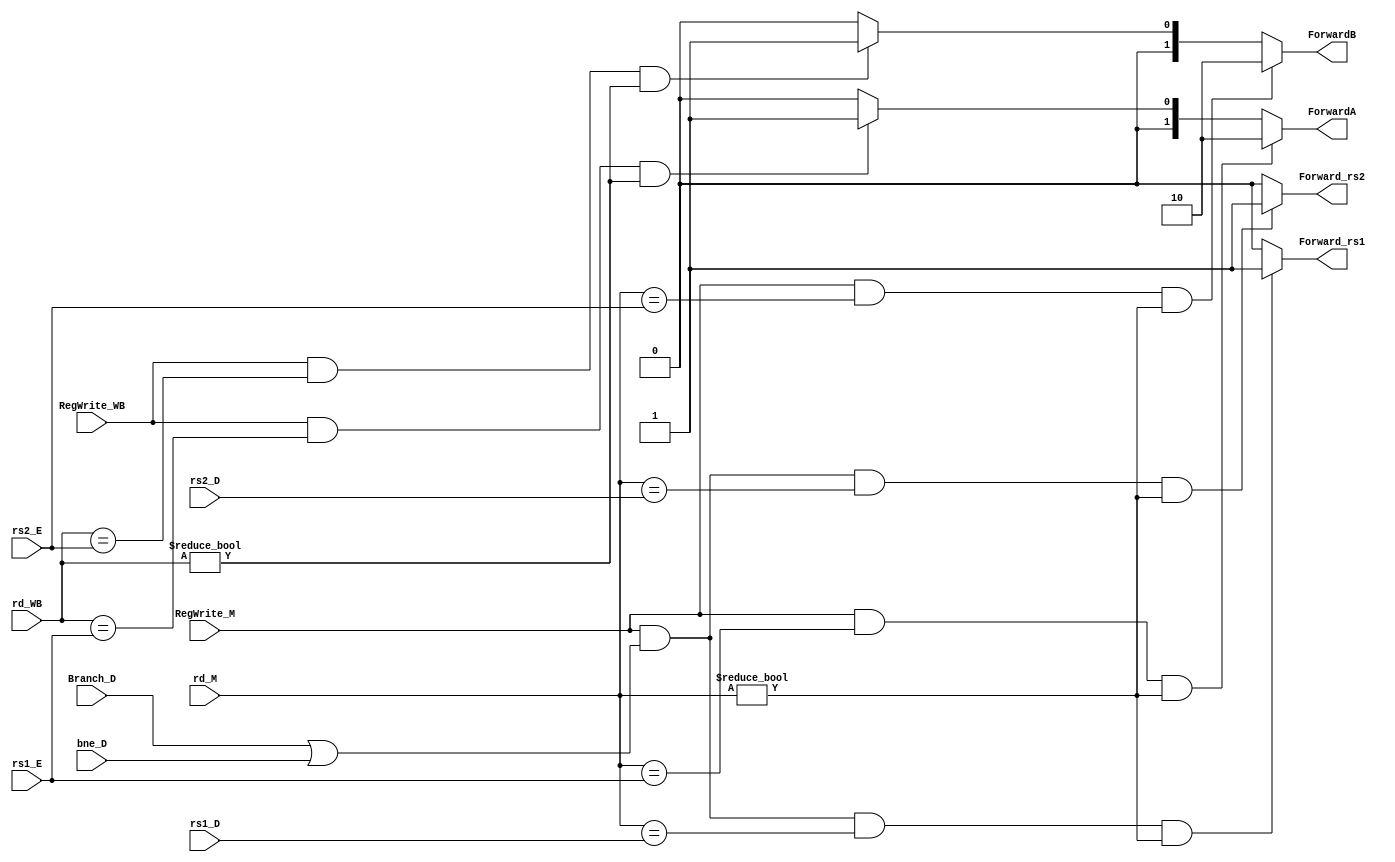
module forwarding_Unit(
    input [4:0] rd_M, rd_WB, rs1_E, rs2_E, rs1_D ,rs2_D,
    input RegWrite_M, RegWrite_WB, Branch_D ,bne_D, // Branch_D ,bne_D --> output of control unit
    output reg [1:0] ForwardA, ForwardB,
	 output reg Forward_rs1, Forward_rs2
);

    
		always @(*) begin
        // Forwarding logic for input 1 of ALU
        if (RegWrite_M && (rd_M == rs1_E) && (rd_M != 5'b00000))
            ForwardA = 2'b10;
        else if (RegWrite_WB && (rd_WB == rs1_E) && (rd_WB != 5'b00000))
            ForwardA = 2'b01;
        else
            ForwardA = 2'b00;

        // Forwarding logic for input 2 of ALU
        if (RegWrite_M && (rd_M == rs2_E) && (rd_M != 5'b00000))
            ForwardB = 2'b10;
        else if (RegWrite_WB && (rd_WB == rs2_E) && (rd_WB != 5'b00000))
            ForwardB = 2'b01;
        else
            ForwardB = 2'b00;
    end
	 
	 
	 // branch forward -->
	 always @(*) begin
        // Forwarding logic for rs1
        if (RegWrite_M && (Branch_D || bne_D) && (rd_M == rs1_D) && (rd_M != 5'b00000))
            Forward_rs1 = 1'b1;
        else
            Forward_rs1 = 1'b0;

        // Forwarding logic for rs2
        if (RegWrite_M && (Branch_D || bne_D) && (rd_M == rs2_D) && (rd_M != 5'b00000))
            Forward_rs2 = 1'b1;
        else
            Forward_rs2 = 1'b0;
    end
	 
	 

endmodule